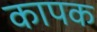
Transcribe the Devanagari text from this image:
कापक